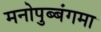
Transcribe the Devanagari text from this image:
मनोपुब्बंगमा